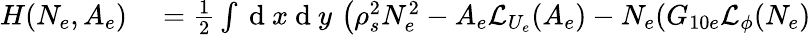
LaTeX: \begin{array}{rl}{H(N_{e},A_{e})}&{{}=\frac{1}{2}\int\mathrm{~d~}x\mathrm{~d~}y\, \left(\rho_{s}^{2}N_{e}^{2}-A_{e}\mathcal{L}_{U_{e}}(A_{e})-N_{e}(G_{10e}\mathcal{L}_{\phi}(N_{e})\right.}\end{array}